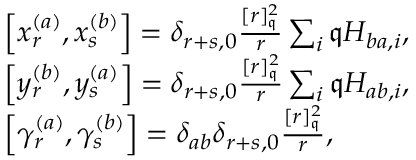
\begin{array} { r l } & { \left[ x _ { r } ^ { ( a ) } , x _ { s } ^ { ( b ) } \right] = \delta _ { r + s , 0 } \frac { [ r ] _ { \mathfrak { q } } ^ { 2 } } { r } \sum _ { i } \mathfrak { q } H _ { b a , i } , } \\ & { \left[ y _ { r } ^ { ( b ) } , y _ { s } ^ { ( a ) } \right] = \delta _ { r + s , 0 } \frac { [ r ] _ { \mathfrak { q } } ^ { 2 } } { r } \sum _ { i } \mathfrak { q } H _ { a b , i } , } \\ & { \left[ \gamma _ { r } ^ { ( a ) } , \gamma _ { s } ^ { ( b ) } \right] = \delta _ { a b } \delta _ { r + s , 0 } \frac { [ r ] _ { \mathfrak { q } } ^ { 2 } } { r } , } \end{array}